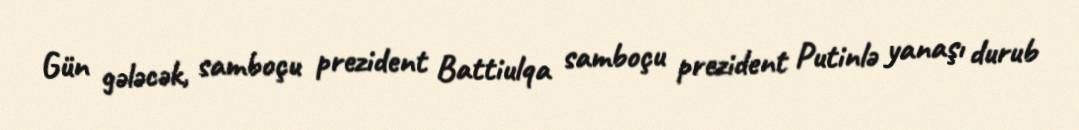
Gün gələcək, samboçu prezident Battiulqa samboçu prezident Putinlə yanaşı durub